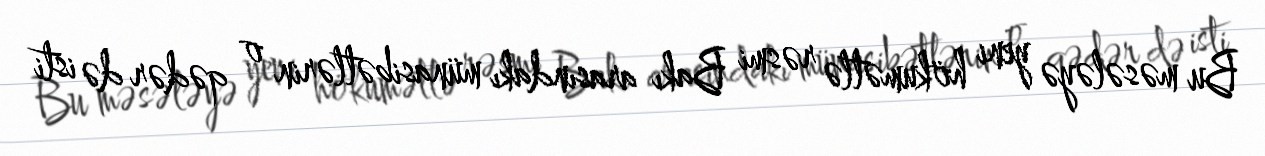
Bu məsələyə yeni hökumətlə rəsmi Bakı arasındakı münasibətlərin o qədər də isti